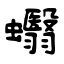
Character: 蠮